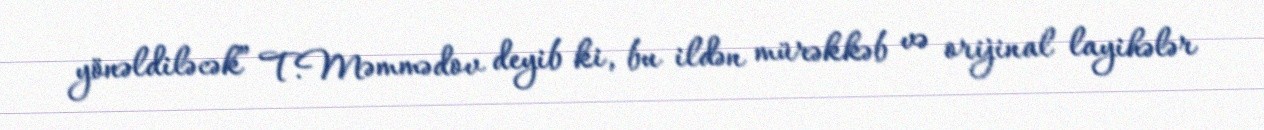
yönəldiləcək” T.Məmmədov deyib ki, bu ildən mürəkkəb və orijinal layihələr